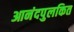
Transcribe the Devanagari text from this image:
आनंदपुलकित